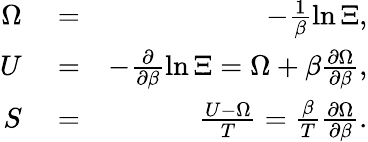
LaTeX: \begin{array}{rlr}{\Omega}&{{}=}&{-\frac{1}{\beta}\ln\Xi,}\\ {U}&{{}=}&{-\frac{\partial}{\partial\beta}\ln\Xi=\Omega+\beta\frac{\partial\Omega}{\partial\beta},}\\ {S}&{{}=}&{\frac{U-\Omega}{T}=\frac{\beta}{T}\frac{\partial\Omega}{\partial\beta}.}\end{array}